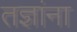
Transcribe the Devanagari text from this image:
तज्ञांना